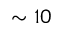
\sim 1 0